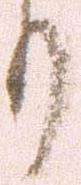
り